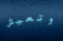
وتعيش